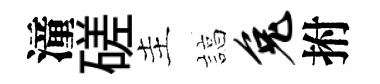
潼磋主諄兔拊